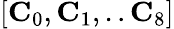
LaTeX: [\textbf{C}_{0},\textbf{C}_{1},..\textbf{C}_{8}]